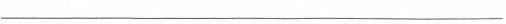
___